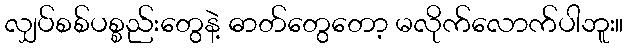
လျှပ်စစ်ပစ္စည်းတွေနဲ့ ဓာတ်တွေတော့ မလိုက်လောက်ပါဘူး။